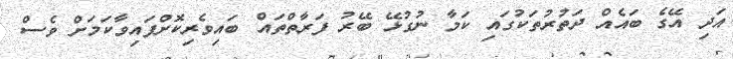
އަދި އޭގެ ބައެއް ދަތުރުތަކުގައި ކަމާ ނުގުޅޭ ބޭރު ފަރާތްތައް ބައިވެރިކޮށްފައިވާކަމަށް ވެސް